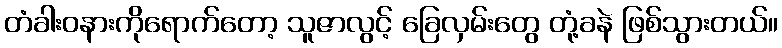
တံခါးဝနားကိုရောက်တော့ သူဇာလွင့် ခြေလှမ်းတွေ တုံ့ခနဲ ဖြစ်သွားတယ်။